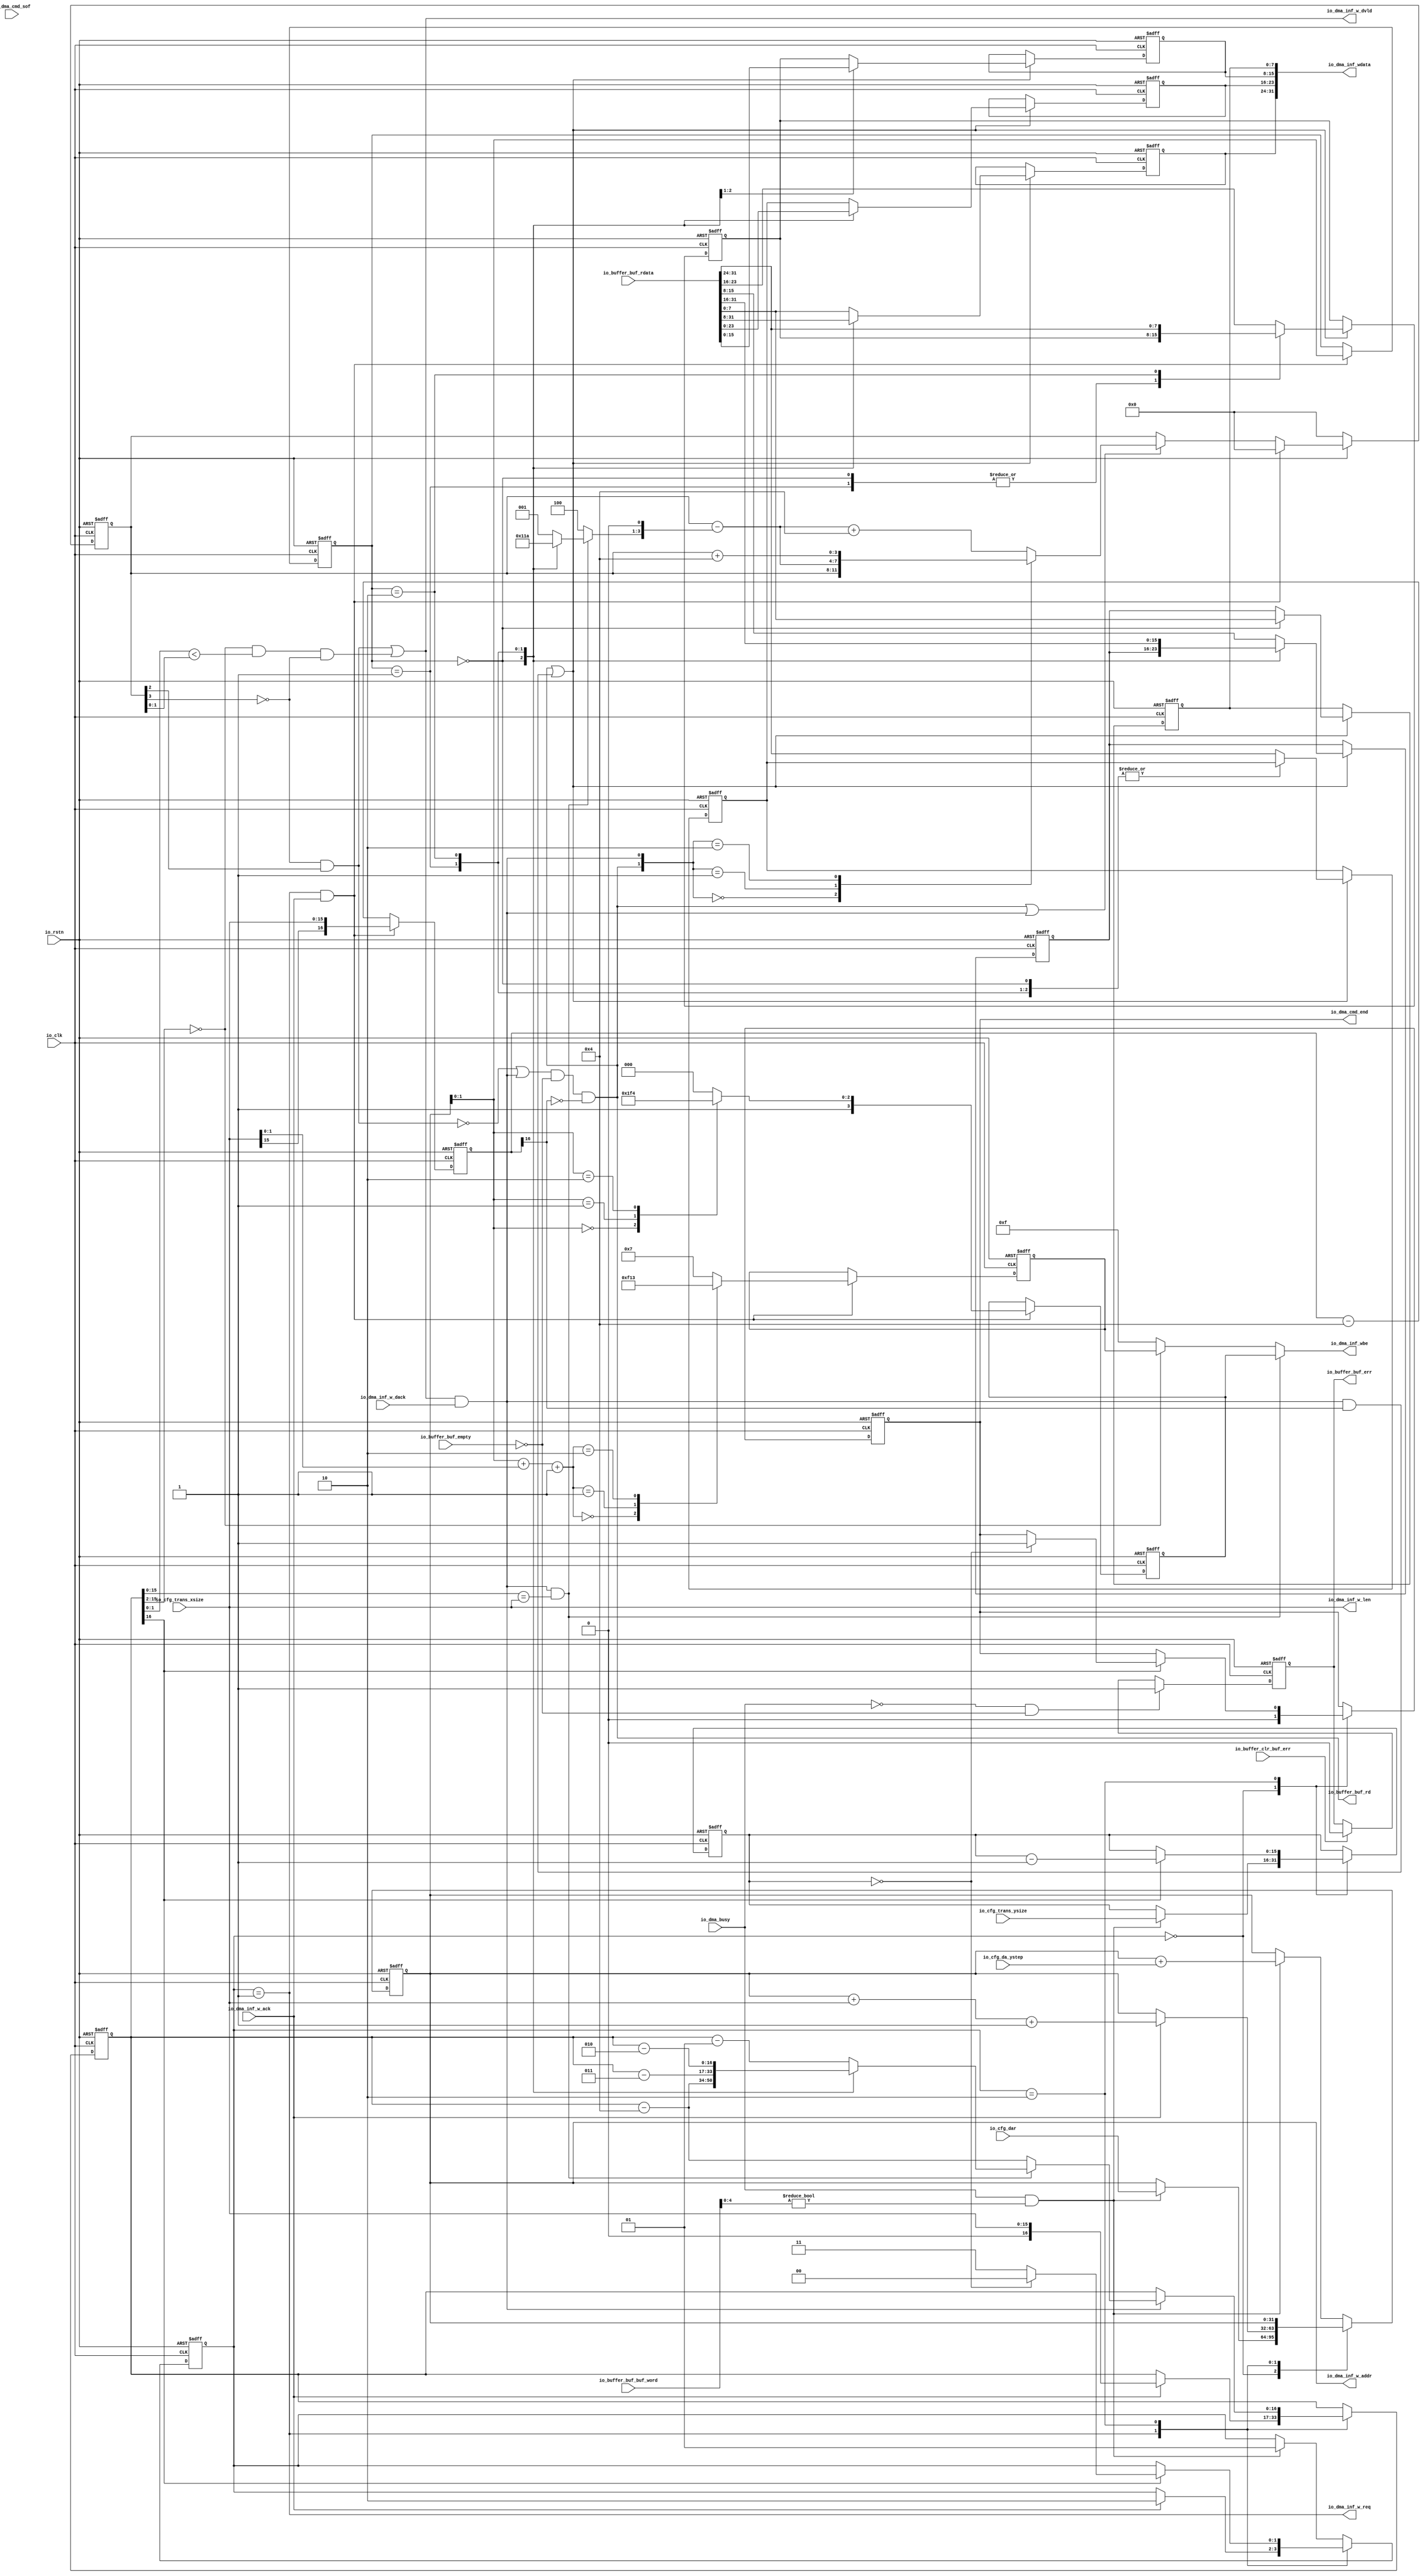
// Generator : SpinalHDL v1.7.0a    git head : 150a9b9067020722818dfb17df4a23ac712a7af8
// Component : wcmd_gen
// Git hash  : 1ada80d2d659ea5af45b334c0c8b37d14dd88650

`timescale 1ns/1ps

module wcmd_gen (
  input      [31:0]   io_cfg_dar,
  input      [15:0]   io_cfg_trans_xsize,
  input      [15:0]   io_cfg_trans_ysize,
  input      [15:0]   io_cfg_da_ystep,
  input               io_dma_cmd_sof,
  output              io_dma_cmd_end,
  input               io_dma_busy,
  output              io_dma_inf_w_req,
  input               io_dma_inf_w_ack,
  output     [31:0]   io_dma_inf_w_addr,
  output     [15:0]   io_dma_inf_w_len,
  output              io_dma_inf_w_dvld,
  output     [31:0]   io_dma_inf_wdata,
  output reg [3:0]    io_dma_inf_wbe,
  input               io_dma_inf_w_dack,
  output              io_buffer_buf_rd,
  input      [31:0]   io_buffer_buf_rdata,
  input      [5:0]    io_buffer_buf_buf_word,
  input               io_buffer_buf_empty,
  output              io_buffer_buf_err,
  input               io_buffer_clr_buf_err,
  input               io_clk,
  input               io_rstn
);

  wire       [1:0]    _zz_myArea_end_bcnt;
  wire       [15:0]   _zz_myArea_fir_wdata;
  wire       [31:0]   _zz_myArea_dma_addr;
  wire       [31:0]   _zz_myArea_dma_addr_1;
  wire       [0:0]    _zz_when_wcmd_gen_l99;
  wire       [16:0]   _zz_myArea_remain_bnum_send;
  wire       [16:0]   _zz_myArea_remain_bnum_send_1;
  wire       [16:0]   _zz_myArea_remain_bnum_send_2;
  wire       [16:0]   _zz_myArea_remain_bnum_send_3;
  wire       [16:0]   _zz_myArea_remain_bnum_send_4;
  wire       [31:0]   _zz_myArea_dma_addr_2;
  wire       [15:0]   _zz_myArea_remain_bnum_rd;
  wire       [16:0]   _zz_myArea_remain_bnum_rd_1;
  wire       [0:0]    _zz_myArea_buf_4b;
  wire       [0:0]    _zz_myArea_buf_4b_1;
  wire       [0:0]    _zz_io_buffer_buf_rd;
  wire       [13:0]   _zz_myArea_dma_wd_last;
  wire       [13:0]   _zz_myArea_dma_wd_last_1;
  wire       [1:0]    _zz_myArea_last_best_vld;
  wire       [1:0]    _zz_myArea_last_best_vld_1;
  wire       [0:0]    _zz_myArea_last_best_vld_2;
  wire       [3:0]    _zz_myArea_nxt_buf_bcnt;
  wire       [3:0]    _zz_myArea_nxt_buf_bcnt_1;
  wire       [3:0]    _zz_myArea_nxt_buf_bcnt_2;
  wire       [3:0]    _zz_myArea_nxt_buf_bcnt_3;
  wire       [3:0]    _zz_myArea_nxt_buf_bcnt_4;
  wire       [0:0]    _zz_when_wcmd_gen_l265;
  reg        [1:0]    myArea_dma_sta;
  reg        [15:0]   myArea_dma_ycnt;
  reg        [31:0]   myArea_dma_addr;
  reg        [3:0]    myArea_fir_wbe;
  reg        [3:0]    myArea_last_wbe;
  reg        [1:0]    myArea_align_model;
  reg        [16:0]   myArea_remain_bnum_rd;
  reg        [16:0]   myArea_remain_bnum_send;
  wire       [1:0]    myArea_end_bcnt;
  wire                myArea_dma_1d_go;
  wire                myArea_dma_w_req;
  wire                myArea_send_a_cmd;
  wire                myArea_send_a_data;
  wire                myArea_fir_wdata;
  reg                 myArea_dma_cmd_end;
  wire                when_wcmd_gen_l99;
  wire                when_wcmd_gen_l101;
  reg                 myArea_buf_err;
  wire                when_wcmd_gen_l142;
  wire       [1:0]    switch_wcmd_gen_l154;
  reg        [3:0]    myArea_buf_bcnt;
  reg        [3:0]    myArea_nxt_buf_bcnt;
  reg        [2:0]    myArea_sub_bcnt;
  reg        [7:0]    myArea_wd0;
  reg        [7:0]    myArea_wd1;
  reg        [7:0]    myArea_wd2;
  reg        [7:0]    myArea_wd3;
  reg        [7:0]    myArea_ed0;
  reg        [7:0]    myArea_ed1;
  reg        [7:0]    myArea_ed2;
  wire                myArea_buf_4b;
  wire                myArea_dma_wd_last;
  wire                myArea_last_best_vld;
  wire       [1:0]    switch_wcmd_gen_l238;
  wire                when_wcmd_gen_l253;
  wire                when_wcmd_gen_l259;
  wire                when_wcmd_gen_l265;

  assign _zz_myArea_end_bcnt = (myArea_dma_addr[1 : 0] + io_cfg_trans_xsize[1 : 0]);
  assign _zz_myArea_fir_wdata = myArea_remain_bnum_send[15 : 0];
  assign _zz_myArea_dma_addr = (myArea_dma_addr + _zz_myArea_dma_addr_1);
  assign _zz_myArea_dma_addr_1 = {16'd0, io_cfg_trans_xsize};
  assign _zz_when_wcmd_gen_l99 = myArea_remain_bnum_send[16];
  assign _zz_myArea_remain_bnum_send = 17'h00004;
  assign _zz_myArea_remain_bnum_send_1 = 17'h00003;
  assign _zz_myArea_remain_bnum_send_2 = 17'h00002;
  assign _zz_myArea_remain_bnum_send_3 = 17'h00001;
  assign _zz_myArea_remain_bnum_send_4 = 17'h00004;
  assign _zz_myArea_dma_addr_2 = {16'd0, io_cfg_da_ystep};
  assign _zz_myArea_remain_bnum_rd = io_cfg_trans_xsize;
  assign _zz_myArea_remain_bnum_rd_1 = 17'h00004;
  assign _zz_myArea_buf_4b = myArea_buf_bcnt[3];
  assign _zz_myArea_buf_4b_1 = myArea_buf_bcnt[2];
  assign _zz_io_buffer_buf_rd = myArea_remain_bnum_rd[16];
  assign _zz_myArea_dma_wd_last = myArea_remain_bnum_send[15 : 2];
  assign _zz_myArea_dma_wd_last_1 = 14'h0;
  assign _zz_myArea_last_best_vld = myArea_remain_bnum_send[1 : 0];
  assign _zz_myArea_last_best_vld_1 = myArea_buf_bcnt[1 : 0];
  assign _zz_myArea_last_best_vld_2 = myArea_buf_bcnt[3];
  assign _zz_myArea_nxt_buf_bcnt = {myArea_sub_bcnt,1'b0};
  assign _zz_myArea_nxt_buf_bcnt_1 = 4'b0100;
  assign _zz_myArea_nxt_buf_bcnt_2 = ($signed(myArea_buf_bcnt) - $signed(_zz_myArea_nxt_buf_bcnt_3));
  assign _zz_myArea_nxt_buf_bcnt_3 = {myArea_sub_bcnt,1'b0};
  assign _zz_myArea_nxt_buf_bcnt_4 = 4'b0100;
  assign _zz_when_wcmd_gen_l265 = myArea_remain_bnum_rd[16];
  assign myArea_end_bcnt = (_zz_myArea_end_bcnt + 2'b01);
  assign myArea_dma_1d_go = (io_dma_busy && (io_buffer_buf_buf_word[4 : 0] != 5'h0));
  assign myArea_dma_w_req = (myArea_dma_sta == 2'b01);
  assign io_dma_inf_w_req = myArea_dma_w_req;
  assign io_dma_inf_w_addr = myArea_dma_addr;
  assign io_dma_inf_w_len = io_cfg_trans_xsize;
  assign myArea_send_a_cmd = (myArea_dma_w_req && io_dma_inf_w_ack);
  assign myArea_send_a_data = (io_dma_inf_w_dvld && io_dma_inf_w_dack);
  assign myArea_fir_wdata = (myArea_send_a_data && (_zz_myArea_fir_wdata == io_cfg_trans_xsize));
  assign io_dma_cmd_end = myArea_dma_cmd_end;
  assign when_wcmd_gen_l99 = _zz_when_wcmd_gen_l99[0];
  assign when_wcmd_gen_l101 = (myArea_dma_ycnt == 16'h0);
  assign io_buffer_buf_err = myArea_buf_err;
  assign when_wcmd_gen_l142 = ((! io_dma_busy) && (! io_buffer_buf_empty));
  assign switch_wcmd_gen_l154 = myArea_dma_addr[1 : 0];
  assign myArea_buf_4b = ((! _zz_myArea_buf_4b[0]) && _zz_myArea_buf_4b_1[0]);
  assign io_buffer_buf_rd = ((((! myArea_buf_4b) || myArea_send_a_data) && (! io_buffer_buf_empty)) && (! _zz_io_buffer_buf_rd[0]));
  assign myArea_dma_wd_last = ($signed(_zz_myArea_dma_wd_last) == $signed(_zz_myArea_dma_wd_last_1));
  assign myArea_last_best_vld = ((myArea_dma_wd_last && ($signed(_zz_myArea_last_best_vld) < $signed(_zz_myArea_last_best_vld_1))) && (! _zz_myArea_last_best_vld_2[0]));
  assign io_dma_inf_w_dvld = (myArea_buf_4b || myArea_last_best_vld);
  assign io_dma_inf_wdata = {myArea_wd3,{myArea_wd2,{myArea_wd1,myArea_wd0}}};
  always @(*) begin
    if(myArea_fir_wdata) begin
      io_dma_inf_wbe = myArea_fir_wbe;
    end else begin
      if(myArea_dma_wd_last) begin
        io_dma_inf_wbe = myArea_last_wbe;
      end else begin
        io_dma_inf_wbe = 4'b1111;
      end
    end
  end

  always @(*) begin
    if(myArea_fir_wdata) begin
      case(myArea_align_model)
        2'b00 : begin
          myArea_sub_bcnt = 3'b100;
        end
        2'b01 : begin
          myArea_sub_bcnt = 3'b011;
        end
        2'b10 : begin
          myArea_sub_bcnt = 3'b010;
        end
        default : begin
          myArea_sub_bcnt = 3'b001;
        end
      endcase
    end else begin
      myArea_sub_bcnt = 3'b100;
    end
  end

  assign switch_wcmd_gen_l238 = {io_buffer_buf_rd,myArea_send_a_data};
  always @(*) begin
    case(switch_wcmd_gen_l238)
      2'b00 : begin
        myArea_nxt_buf_bcnt = myArea_buf_bcnt;
      end
      2'b01 : begin
        myArea_nxt_buf_bcnt = ($signed(myArea_buf_bcnt) - $signed(_zz_myArea_nxt_buf_bcnt));
      end
      2'b10 : begin
        myArea_nxt_buf_bcnt = ($signed(myArea_buf_bcnt) + $signed(_zz_myArea_nxt_buf_bcnt_1));
      end
      default : begin
        myArea_nxt_buf_bcnt = ($signed(_zz_myArea_nxt_buf_bcnt_2) + $signed(_zz_myArea_nxt_buf_bcnt_4));
      end
    endcase
  end

  assign when_wcmd_gen_l253 = (! io_rstn);
  assign when_wcmd_gen_l259 = (io_buffer_buf_rd || myArea_send_a_data);
  assign when_wcmd_gen_l265 = (io_buffer_buf_rd || (myArea_send_a_data && _zz_when_wcmd_gen_l265[0]));
  always @(posedge io_clk or negedge io_rstn) begin
    if(!io_rstn) begin
      myArea_dma_sta <= 2'b00;
      myArea_dma_ycnt <= 16'h0;
      myArea_dma_addr <= 32'h0;
      myArea_fir_wbe <= 4'b0000;
      myArea_last_wbe <= 4'b0000;
      myArea_align_model <= 2'b00;
      myArea_remain_bnum_rd <= 17'h10000;
      myArea_remain_bnum_send <= 17'h0;
      myArea_dma_cmd_end <= 1'b0;
      myArea_buf_err <= 1'b0;
      myArea_buf_bcnt <= 4'b0000;
      myArea_wd0 <= 8'h0;
      myArea_wd1 <= 8'h0;
      myArea_wd2 <= 8'h0;
      myArea_wd3 <= 8'h0;
      myArea_ed0 <= 8'h0;
      myArea_ed1 <= 8'h0;
      myArea_ed2 <= 8'h0;
    end else begin
      case(myArea_dma_sta)
        2'b00 : begin
          myArea_dma_cmd_end <= 1'b0;
          if(myArea_dma_1d_go) begin
            myArea_dma_sta <= 2'b01;
            myArea_dma_addr <= io_cfg_dar;
            myArea_dma_ycnt <= io_cfg_trans_ysize;
          end
        end
        2'b01 : begin
          if(io_dma_inf_w_ack) begin
            myArea_dma_sta <= 2'b10;
            myArea_dma_addr <= (_zz_myArea_dma_addr + 32'h00000001);
            myArea_remain_bnum_send <= {1'b0,io_cfg_trans_xsize};
          end
        end
        2'b10 : begin
          if(when_wcmd_gen_l99) begin
            myArea_dma_ycnt <= (myArea_dma_ycnt - 16'h0001);
            if(when_wcmd_gen_l101) begin
              myArea_dma_sta <= 2'b00;
              myArea_dma_cmd_end <= 1'b1;
            end else begin
              myArea_dma_sta <= 2'b11;
            end
          end
          if(myArea_send_a_data) begin
            if(myArea_fir_wdata) begin
              case(myArea_align_model)
                2'b00 : begin
                  myArea_remain_bnum_send <= ($signed(myArea_remain_bnum_send) - $signed(_zz_myArea_remain_bnum_send));
                end
                2'b01 : begin
                  myArea_remain_bnum_send <= ($signed(myArea_remain_bnum_send) - $signed(_zz_myArea_remain_bnum_send_1));
                end
                2'b10 : begin
                  myArea_remain_bnum_send <= ($signed(myArea_remain_bnum_send) - $signed(_zz_myArea_remain_bnum_send_2));
                end
                default : begin
                  myArea_remain_bnum_send <= ($signed(myArea_remain_bnum_send) - $signed(_zz_myArea_remain_bnum_send_3));
                end
              endcase
            end else begin
              myArea_remain_bnum_send <= ($signed(myArea_remain_bnum_send) - $signed(_zz_myArea_remain_bnum_send_4));
            end
          end
        end
        default : begin
          if(myArea_dma_1d_go) begin
            myArea_dma_addr <= (myArea_dma_addr + _zz_myArea_dma_addr_2);
            myArea_dma_sta <= 2'b01;
          end
        end
      endcase
      if(when_wcmd_gen_l142) begin
        myArea_buf_err <= 1'b1;
      end else begin
        if(io_buffer_clr_buf_err) begin
          myArea_buf_err <= 1'b0;
        end
      end
      if(myArea_send_a_cmd) begin
        myArea_align_model <= myArea_dma_addr[1 : 0];
        case(switch_wcmd_gen_l154)
          2'b00 : begin
            myArea_fir_wbe <= 4'b1111;
          end
          2'b01 : begin
            myArea_fir_wbe <= 4'b1110;
          end
          2'b10 : begin
            myArea_fir_wbe <= 4'b1100;
          end
          default : begin
            myArea_fir_wbe <= 4'b1000;
          end
        endcase
        case(myArea_end_bcnt)
          2'b00 : begin
            myArea_last_wbe <= 4'b1111;
          end
          2'b01 : begin
            myArea_last_wbe <= 4'b0001;
          end
          2'b10 : begin
            myArea_last_wbe <= 4'b0011;
          end
          default : begin
            myArea_last_wbe <= 4'b0111;
          end
        endcase
      end
      if(myArea_send_a_cmd) begin
        myArea_remain_bnum_rd <= {{1{_zz_myArea_remain_bnum_rd[15]}}, _zz_myArea_remain_bnum_rd};
      end else begin
        myArea_remain_bnum_rd <= ($signed(myArea_remain_bnum_rd) - $signed(_zz_myArea_remain_bnum_rd_1));
      end
      if(when_wcmd_gen_l253) begin
        myArea_buf_bcnt <= 4'b0000;
      end else begin
        if(myArea_send_a_cmd) begin
          myArea_buf_bcnt <= 4'b0000;
        end else begin
          if(when_wcmd_gen_l259) begin
            myArea_buf_bcnt <= myArea_nxt_buf_bcnt;
          end
        end
      end
      if(when_wcmd_gen_l265) begin
        case(myArea_align_model)
          2'b00 : begin
            myArea_wd0 <= io_buffer_buf_rdata[7 : 0];
            myArea_wd1 <= io_buffer_buf_rdata[15 : 8];
            myArea_wd2 <= io_buffer_buf_rdata[23 : 16];
            myArea_wd3 <= io_buffer_buf_rdata[31 : 24];
            myArea_ed0 <= myArea_ed0;
            myArea_ed1 <= myArea_ed1;
            myArea_ed2 <= myArea_ed2;
          end
          2'b01 : begin
            myArea_wd0 <= myArea_ed0;
            myArea_wd1 <= io_buffer_buf_rdata[7 : 0];
            myArea_wd2 <= io_buffer_buf_rdata[15 : 8];
            myArea_wd3 <= io_buffer_buf_rdata[23 : 16];
            myArea_ed0 <= io_buffer_buf_rdata[31 : 24];
            myArea_ed1 <= myArea_ed1;
            myArea_ed2 <= myArea_ed2;
          end
          2'b10 : begin
            myArea_wd0 <= myArea_ed0;
            myArea_wd1 <= myArea_ed1;
            myArea_wd2 <= io_buffer_buf_rdata[7 : 0];
            myArea_wd3 <= io_buffer_buf_rdata[15 : 8];
            myArea_ed0 <= io_buffer_buf_rdata[23 : 16];
            myArea_ed1 <= io_buffer_buf_rdata[31 : 24];
            myArea_ed2 <= myArea_ed2;
          end
          default : begin
            myArea_wd0 <= myArea_ed0;
            myArea_wd1 <= myArea_ed1;
            myArea_wd2 <= myArea_ed2;
            myArea_wd3 <= io_buffer_buf_rdata[7 : 0];
            myArea_ed0 <= io_buffer_buf_rdata[15 : 8];
            myArea_ed1 <= io_buffer_buf_rdata[23 : 16];
            myArea_ed2 <= io_buffer_buf_rdata[31 : 24];
          end
        endcase
      end
    end
  end


endmodule